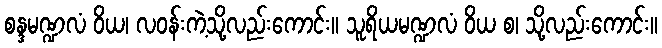
စန္ဒမဏ္ဍလံ ဝိယ၊ လဝန်းကဲ့သို့လည်းကောင်း။ သူရိယမဏ္ဍလံ ဝိယ စ၊ သို့လည်းကောင်း။